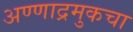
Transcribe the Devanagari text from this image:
अण्णाद्रमुकचा